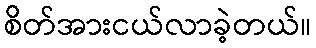
စိတ်အားငယ်လာခဲ့တယ်။